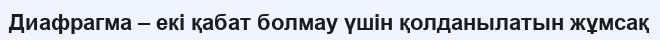
Диафрагма – екі қабат болмау үшін қолданылатын жұмсақ